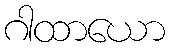
ဂါထာယော